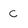
Character: C